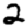
Digit: 2